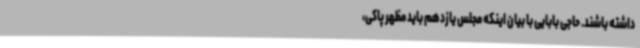
داشته باشند. حاجی بابایی با بیان اینکه مجلس یازدهم باید مظهر پاکی،